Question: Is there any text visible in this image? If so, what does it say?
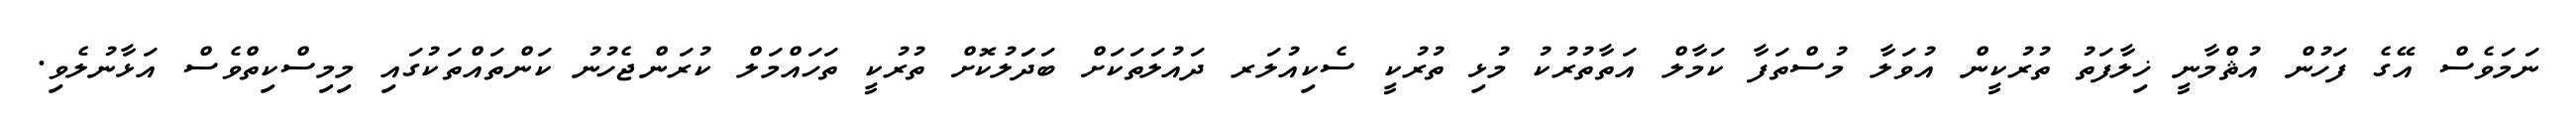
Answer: ނަމަވެސް އޭގެ ފަހުން އުޘްމާނީ ޚިލާފަތު ތުރުކީން އުވަލާ މުސްތަފާ ކަމާލް އަތާތުރުކު މުޅި ތުރުކީ ސެކިއުލަރ ދައުލަތަކަށް ބަދަަލުކޮށް ތުރުކީ ތަހައްމަލް ކުރަންޖެހުނު ކަންތައްތަކުގައި މިމިސްކިތްވެސް އަޅާނުލެވި.